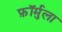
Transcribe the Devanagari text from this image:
फ़ॉर्मुला